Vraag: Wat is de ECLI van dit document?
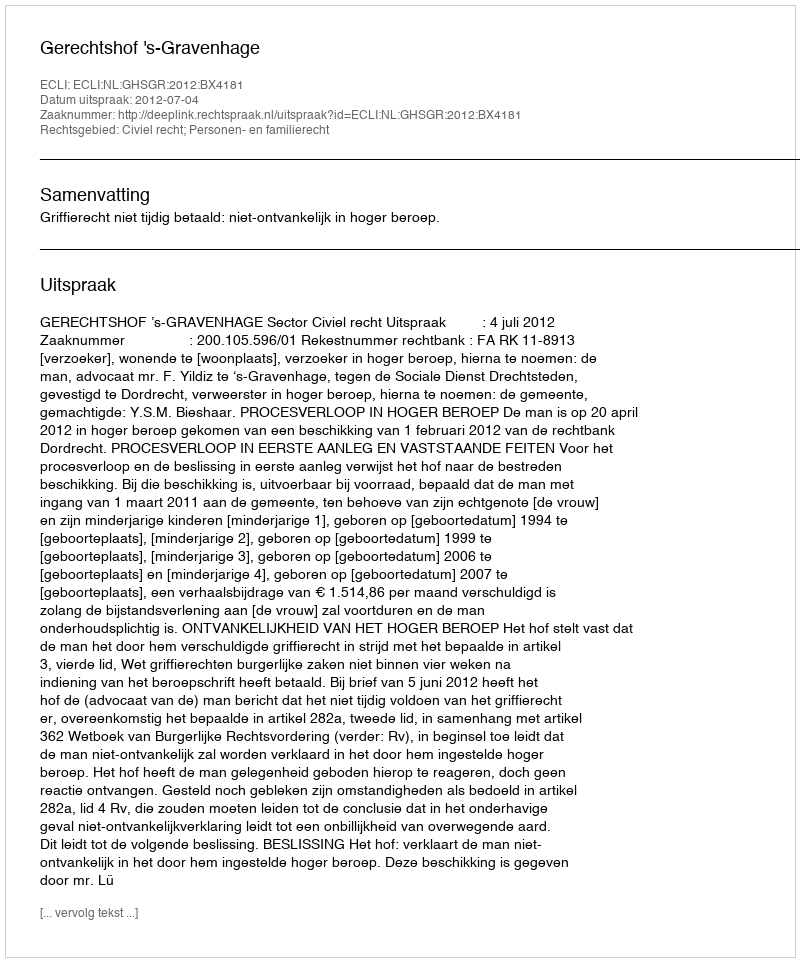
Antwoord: ECLI:NL:GHSGR:2012:BX4181